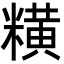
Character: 䊣